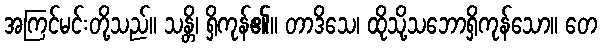
အကြင်မင်းတို့သည်။ သန္တိ၊ ရှိကုန်၏။ တာဒိသေ၊ ထိုသို့သဘောရှိကုန်သော။ တေ